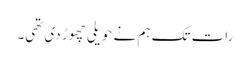
رات تک ہم نے حویلی چھوڑ دی تھی۔